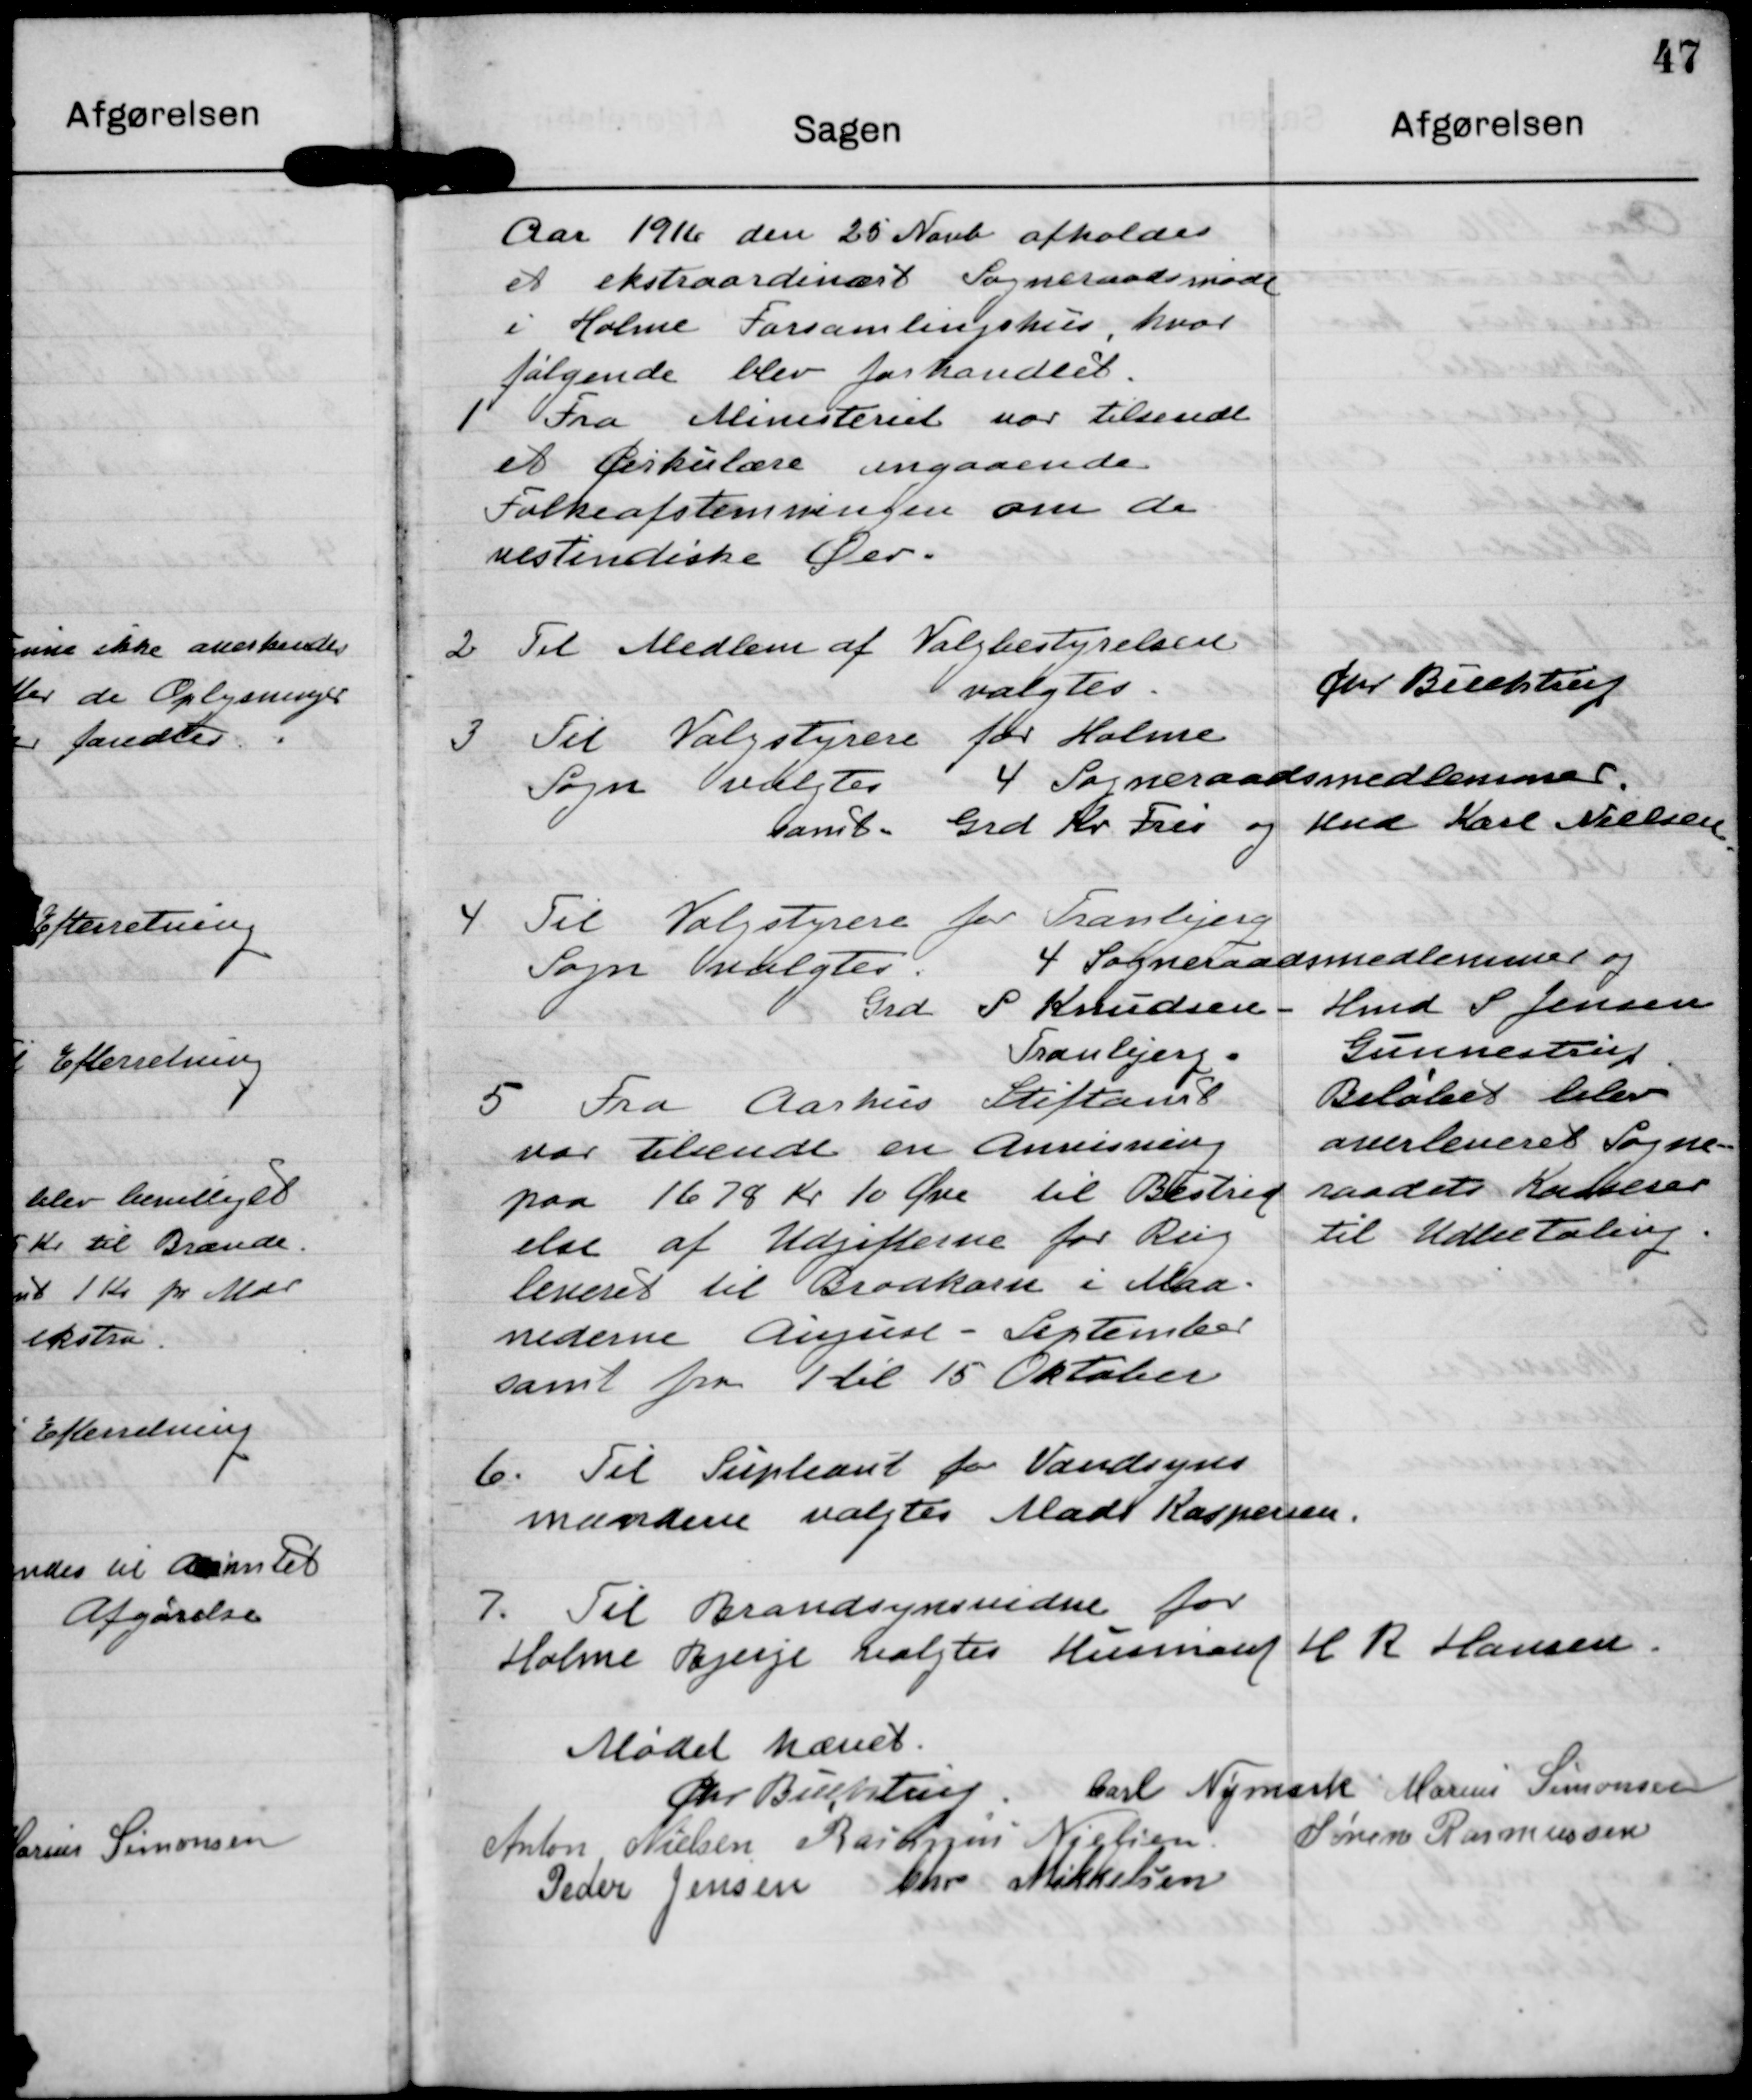
Transskription:
Aar 1911 den 25 Novb afholdes
et ekstraardinært Sogneraadsmøde
i Holme Forsamlingshus, hvor
følgende blev forhandlet.

11 Fra Ministeriet var tilsendt
et Cirkulære angaaende
Folkeafstemningen om de
restendiske Der.

2 Til Medlem af Valgbestyrelsen
valgtes.

Chr Beceklieu

3 Til Valgstyrere for Holme
Sogn Vedertes 4 Sogneraadsmedlemmer

samt. Grd Kr Freu og Hul Karl Nielsen

4. Til Valgstyese for Tranlejerg
Sogn Vvalgtes 4 Sogneraadsmedlemmer og

Grd F Knudsen.
Tranbjerg.

Hmd S Jensen
Gunnestrup

5 Fra Aarhus Stiftamt
var Elende en Anvisning
paa 1678 Kr 10 Øre til Bestrud
else af Udgifterne for Rug
leveret til Brodkarn i Maa-
nederne Auguse - September
samt fra 7 til 15 Oktober

Beløbet blev
onerleveret Sogne-
raadets Kabeser
til Udbetaling.

6. Til Supleant for Vandsyns
mandene valgtes Mads Kaspersen.

7. Til Brandsynsndne for
Holme Bjerge algtes Husmaud H R Hansen.

Mødet hævet.

Øhr Bulhter

Carl Nymark

Marius Simonsen

Anton Nielsen

Raisgus Nielsen

Søren Rasmussen

Peder Jensen

Chr Mikkelsen